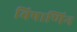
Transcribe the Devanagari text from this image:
विषाणिन